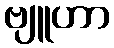
ဗျူဟာ